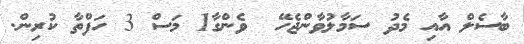
ބާސެލް އާއި މެދު ސަމާލުވާންޖެހޭ  ވެންގާ1 މަސް 3 ހަފްތާ ކުރިން.